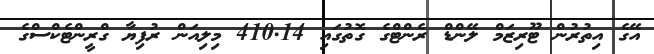
އޭގެ އިތުރުން ޓޫރިޒަމް ލޭންޑް ރެންޓްގެ ގޮތުގައި 410.14 މިލިއަން ރުފިޔާ ގްރީންޓެކްސްގެ